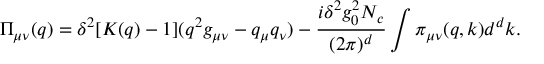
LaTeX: \Pi _ { \mu \nu } ( q ) = \delta ^ { 2 } [ K ( q ) - 1 ] ( q ^ { 2 } g _ { \mu \nu } - q _ { \mu } q _ { \nu } ) - \frac { i \delta ^ { 2 } g _ { 0 } ^ { 2 } N _ { c } } { ( 2 \pi ) ^ { d } } \int \pi _ { \mu \nu } ( q , k ) d ^ { d } k .